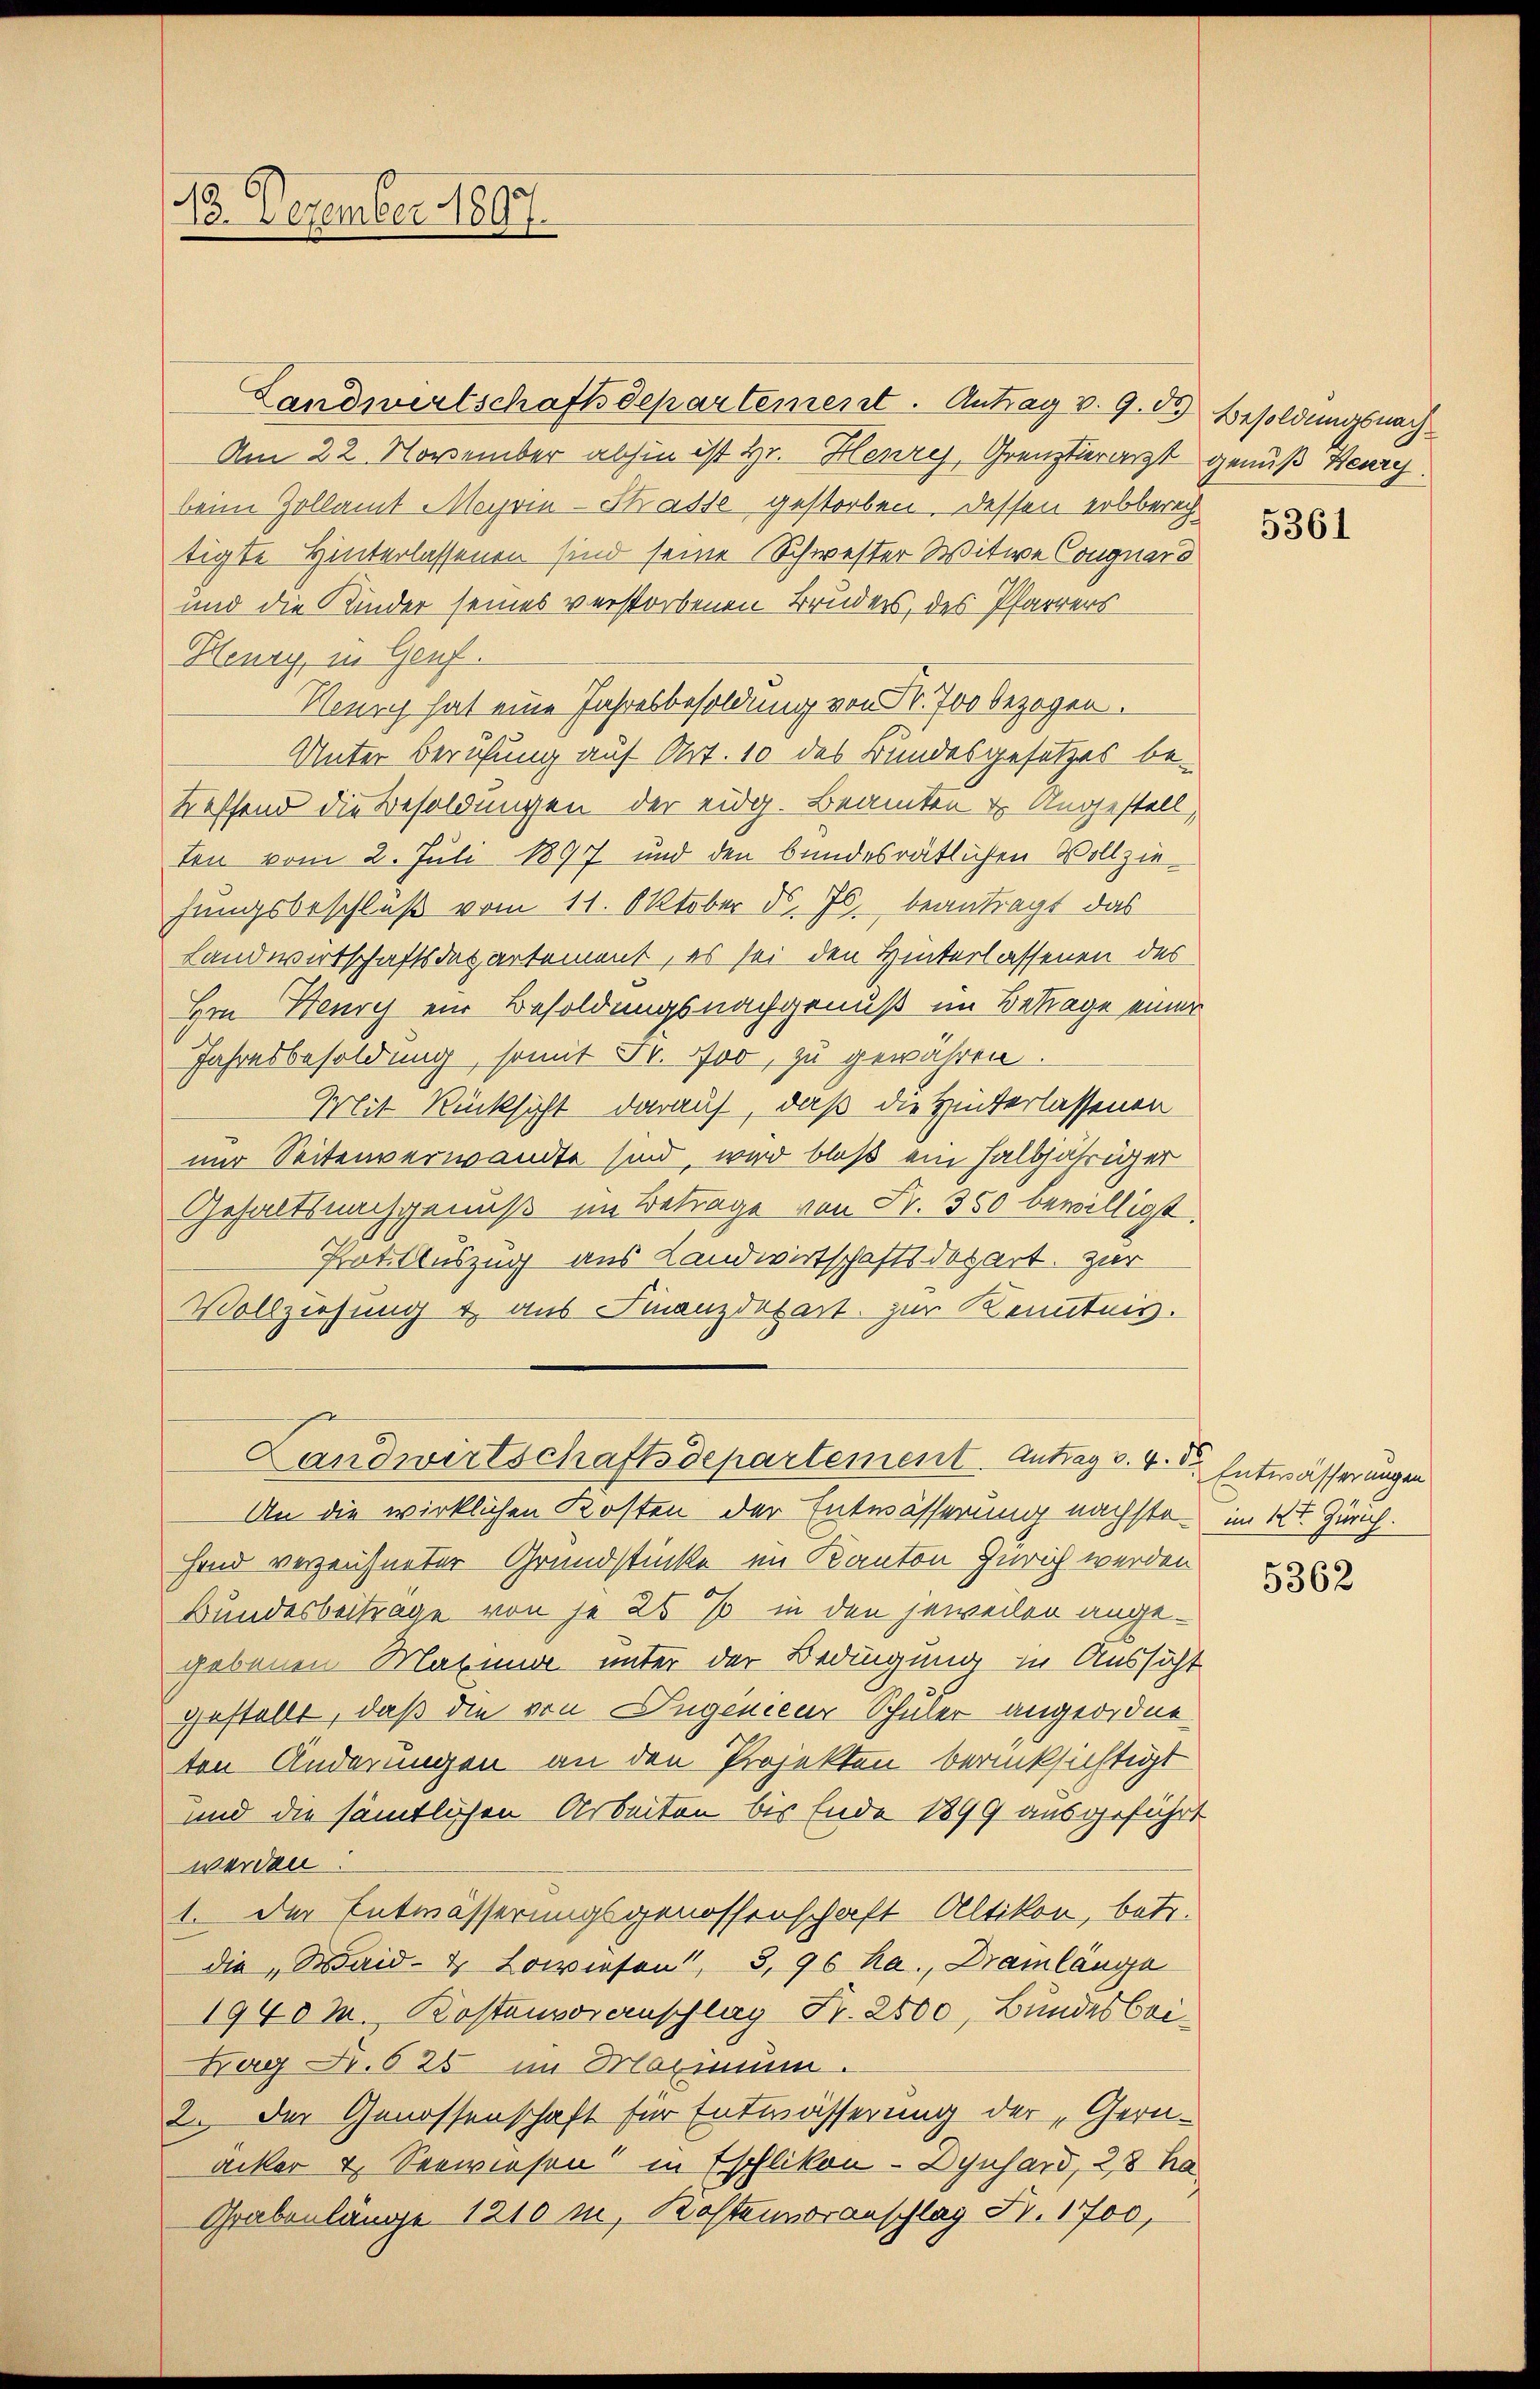
18. Dezember 1890

Landwirtschaftsdepartement. Antrag v. 9. d. Besoldungsnach¬
Am 22. November abhin ist Hr. Henryj, Grenztierarzt genuß Bary
beim Zollamt Meyrin-Strasse gestorben. Dessen erbberech
tigte Hinterlassenen sind seine Schwester Witwe Conguard
und die Kinder seines verstorbenen Bruders, des Pfarrers
Henay, in Genf.
Neurch hat eine Jahresbesoldung von Sr. 700 bezogen.
Unter Berufung auf Art. 10 des Bundesgesetzes be-
treffend die Besoldungen der eidg. Beamten & Ungestell,
ten vom 2. Juli 1897 und den bundesrätlichen Vollziehungsbeschluß vom 11. Oktober d. Js. beantragt das
Landwirtschaftsdepartement, es sei den Hinterlassenen des
Hrn Henry ein Besoldungsnachgenuß im Betrage einer
Jahresbesoldung, somit Fr. vor, zu gewähren.
Mit Rücksicht darauf, daß die Hinterlassenen
nur Seitenverwandte sind, wird bloß ein halbjähriger
Gehaltsnachgenuß im Betrage von Fr. 350 bewilligt.
Prattauszug aus Landwirtschaftsdepart. Zur
Vollziehung & aus Finanzdepart zur Kenntnis.
Landwirtschaftsdepartement. Antrag d. 4. d. Entwässerungen
An die wirklichen Kosten der Entwässerung nächste im Kt. Zürich.
Hand verzeichneter Grundstücke im Kanton Zürich werden
Bundesbeitrage von je 26 % in den jeweilen angegebenen Marinn unter der Bedingung zu Aussicht
gestellt, daß die von Jugenieur Schüler angeordneten Änderungen an den Projekten berücksichtigt
und die sämtlichen Arbeiten bis Ende 1899 ausgeführt
werden.
1. Der Entwässerungsgenossenschaft Altikon, betr.
die „Waid- & Lowiesen!, 3, 96 ha., Drainlänge
1940 M. Kostenvoranschlag Fr. 2500, Bundesbri¬
Lag Fr. 625 im Maximum.
2. Der Genossenschaft für Entwässerung der „Gern-
acker & Seewiesen in Eschlikon- Dynhard, 28 ha
Grabenlänge 1210 in Kostenvoranschlag Fr. 1700,

5361

5362